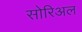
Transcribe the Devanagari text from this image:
सोरिअल